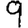
Digit: 9